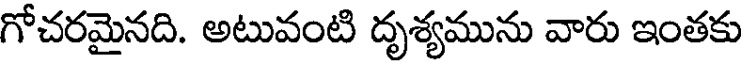
గోచరమైనది. అటువంటి దృశ్యమును వారు ఇంతకు